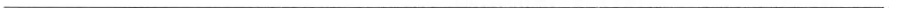
___